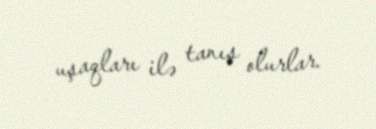
uşaqları ilə tanış olurlar.